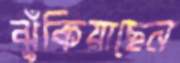
ঝুঁকিয়াছেন